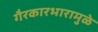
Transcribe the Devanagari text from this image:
गैरकारभारामुळे